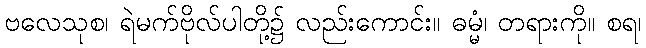
ဗလေသုစ၊ ရဲမက်ဗိုလ်ပါတို့၌ လည်းကောင်း။ ဓမ္မံ၊ တရားကို။ စရ၊